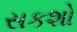
સકશો